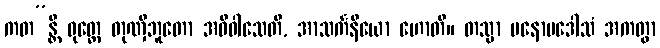
ကတ”န္တိ ဝုတ္တေ တုဏှီဘူတော အဓိဝါသေတိ, အာသင်္ကနီယော ဟောတိ။ တသ္မာ မနောပဒေါသံ အကတွာ